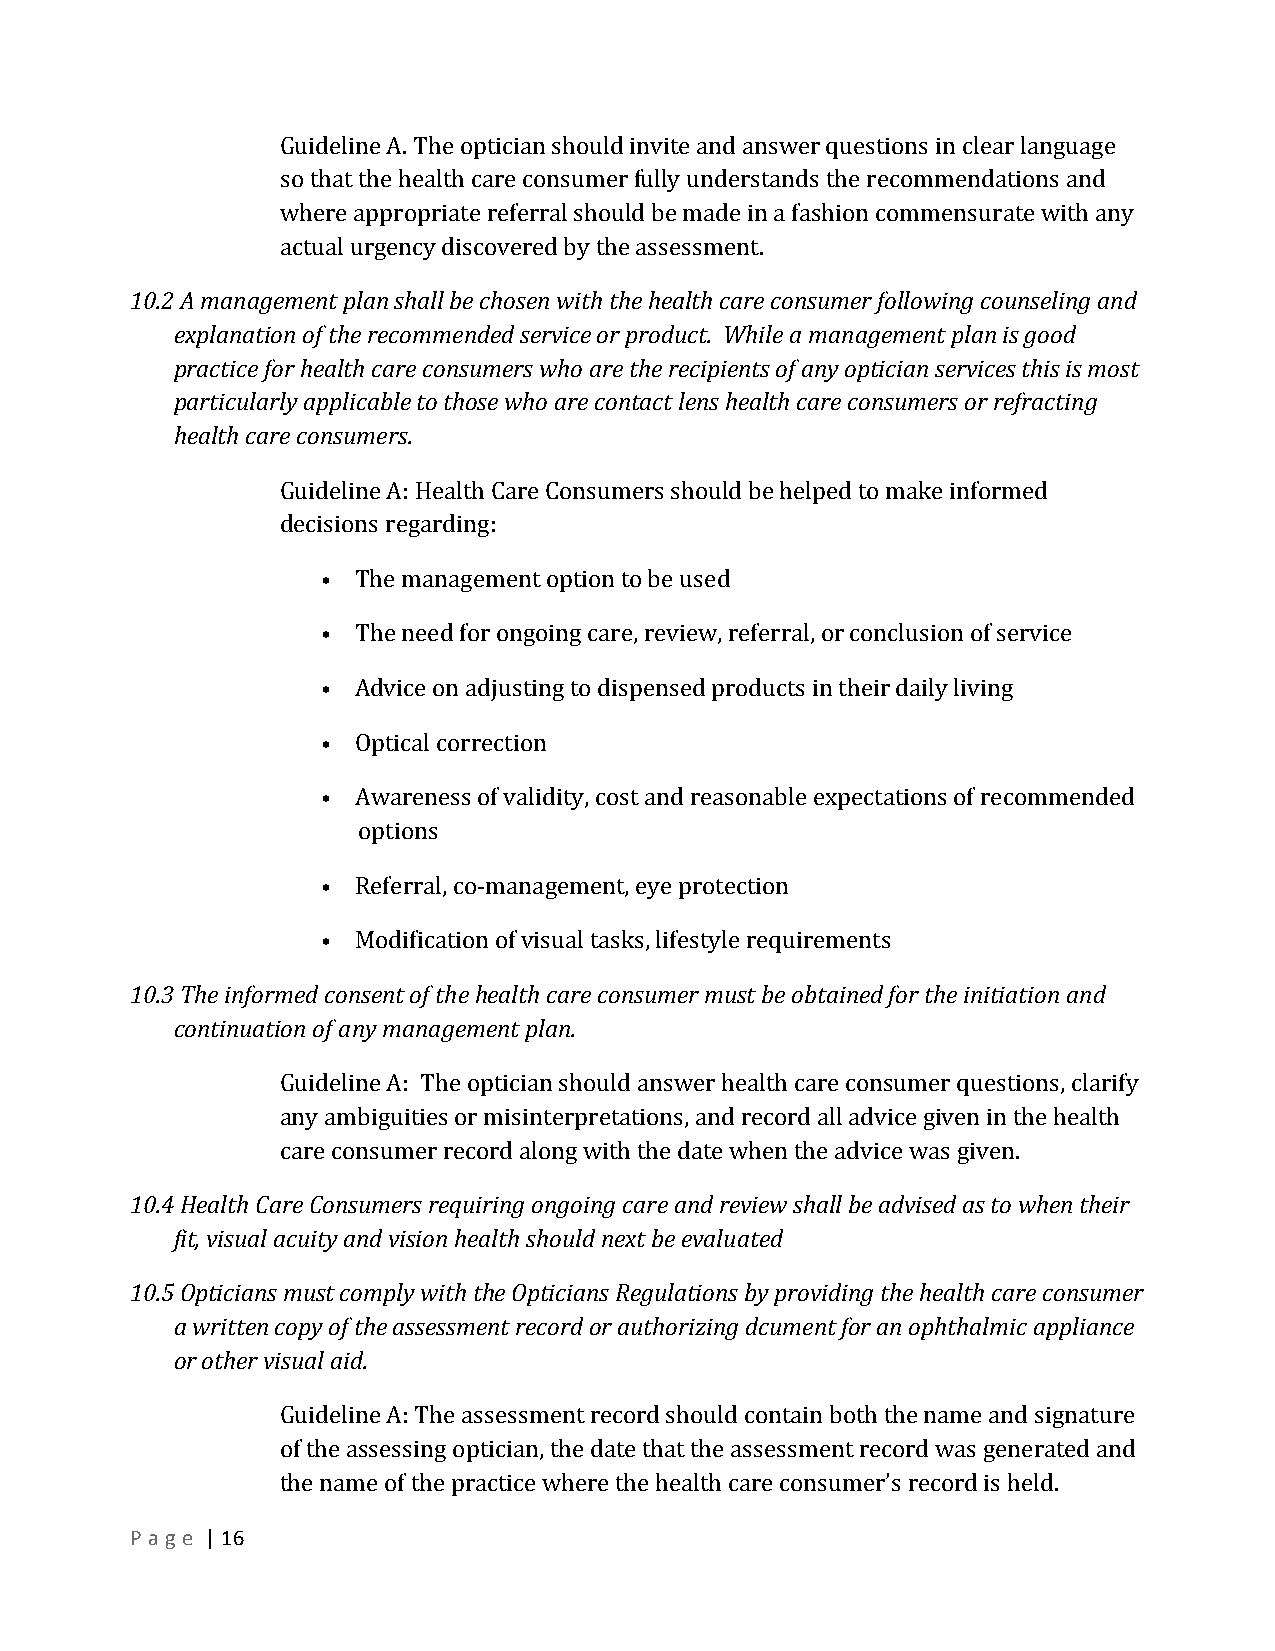
Guideline A. The optician should invite and answer questions in clear language
 so that the health care consumer fully understands the recommendations and
 where appropriate referral should be made in a fashion commensurate with any
 actual urgency discovered by the assessment.
 10.2 A management plan shall be chosen with the health care consumer following counseling and
 explanation of the recommended service or product. While a management plan is good
 practice for health care consumers who are the recipients of any optician services this is most
 particularly applicable to those who are contact lens health care consumers or refracting
 health care consumers.
 Guideline A: Health Care Consumers should be helped to make informed
 decisions regarding:
 •  The management option to be used
 •  The need for ongoing care, review, referral, or conclusion of service
 •  Advice on adjusting to dispensed products in their daily living
 •  Optical correction
 •  Awareness of validity, cost and reasonable expectations of recommended
 options
 •  Referral, co-­‐management, eye protection
 •  Modification of visual tasks, lifestyle requirements
 10.3 The informed consent of the health care consumer must be obtained for the initiation and
 continuation of any management plan.
 Guideline A: The optician should answer health care consumer questions, clarify
 any ambiguities or misinterpretations, and record all advice given in the health
 care consumer record along with the date when the advice was given.
 10.4 Health Care Consumers requiring ongoing care and review shall be advised as to when their
 fit, visual acuity and vision health should next be evaluated
 10.5 Opticians must comply with the Opticians Regulations by providing the health care consumer
 a written copy of the assessment record or authorizing dcument for an ophthalmic appliance
 or other visual aid.
 Guideline A: The assessment record should contain both the name and signature
 of the assessing optician, the date that the assessment record was generated and
 the name of the practice where the health care consumer’s record is held.
 P a g e | 16